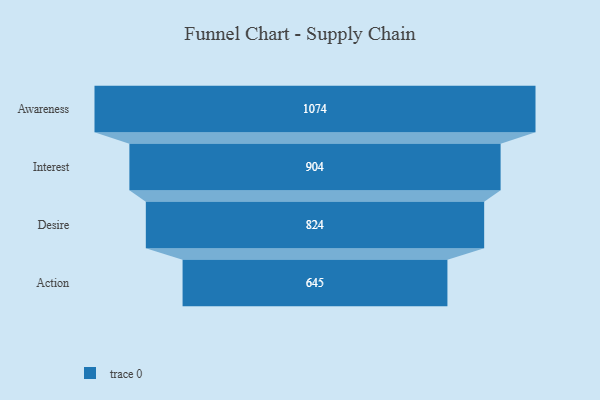
{"axis": {"x": "Stage", "y": "Value"}, "legend": [""], "data": [{"x": "Awareness", "y": 1074.0, "type": ""}, {"x": "Interest", "y": 904.0, "type": ""}, {"x": "Desire", "y": 824.0, "type": ""}, {"x": "Action", "y": 645.0, "type": ""}]}